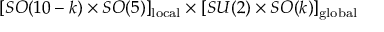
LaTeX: [ S O ( 1 0 - k ) \times S O ( 5 ) ] _ { \mathrm { l o c a l } } \times [ S U ( 2 ) \times S O ( k ) ] _ { \mathrm { g l o b a l } }